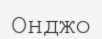
Онджо